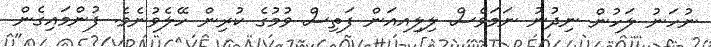
ނުހަނު ލަހުން ނިދުނު ނަމަވެސް ލިލިއއަން ފަތިސް ވުމުގެ ކުރިން ހޭލެވުނެވެ. ފުންމައިގެން